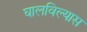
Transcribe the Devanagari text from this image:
घालविल्यास